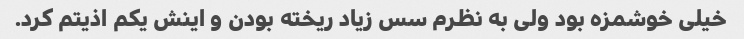
خیلی خوشمزه بود ولی به نظرم سس زیاد ریخته بودن و اینش یکم اذیتم کرد.